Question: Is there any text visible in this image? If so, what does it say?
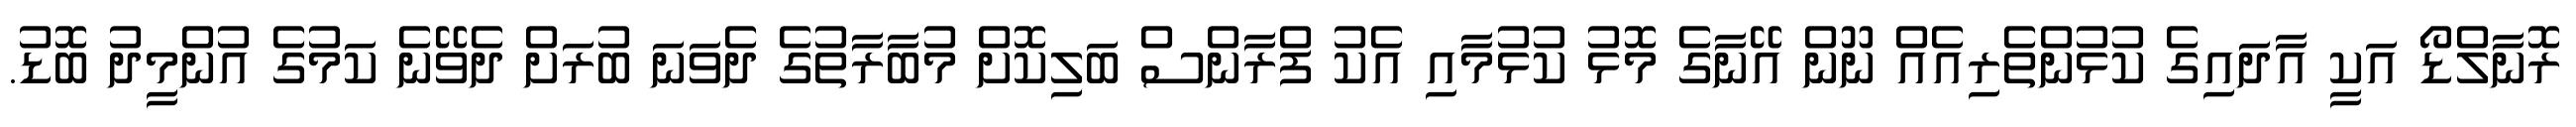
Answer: ރޮނާލްޑޯ އަކީ އާދައިގެ ކުޅުންތެރިއެއް ނޫން އޭނާގެ މޮޅު ކުޅުމާއި އެކު ފްރާންސް ބަލިކޮށް މުބާރާތުގެ ދެވަނަ ބުރަށް ދެވޭނެ ކަމުގެ އުންމީދު ބޮޑު.